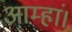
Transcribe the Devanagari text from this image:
आम्हां।